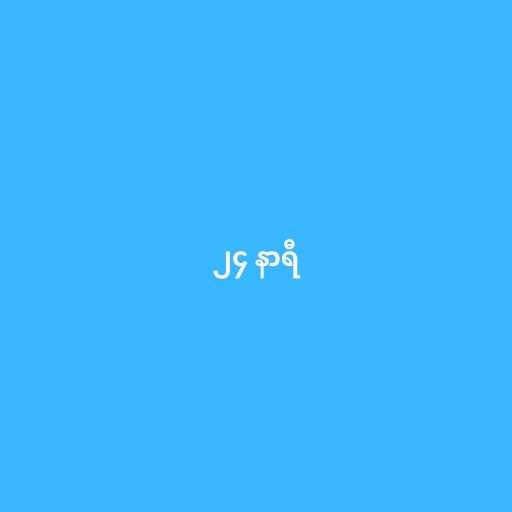
၂၄ နာရီ